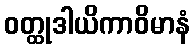
ဝတ္ထုဒါယိကာဝိမာနံ